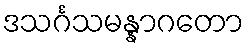
ဒသင်္ဂသမန္နာဂတော